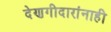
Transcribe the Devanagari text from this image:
देणगीदारांनाही